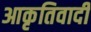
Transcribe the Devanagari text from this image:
आकृतिवादी